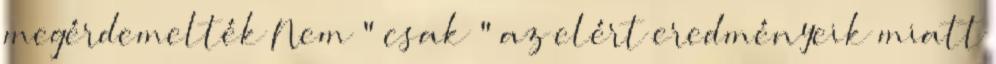
megérdemelték Nem " csak " az elért eredményeik miatt